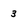
Character: 3